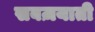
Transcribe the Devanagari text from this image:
सबज़याती